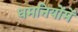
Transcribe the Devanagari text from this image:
धमनियोंमें